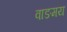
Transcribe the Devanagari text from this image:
वाङमय